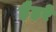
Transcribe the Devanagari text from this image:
हैहरे